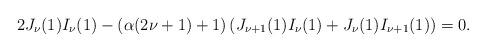
LaTeX: \begin{align*}2J_{\nu}(1)I_{\nu}(1)-(\alpha (2{\nu +1)+1)}\left(J_{\nu+1}(1)I_{\nu}(1)+J_{\nu}(1)I_{\nu+1}(1)\right)=0.\end{align*}